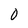
Character: 0